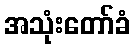
အသုံးတော်ခံ